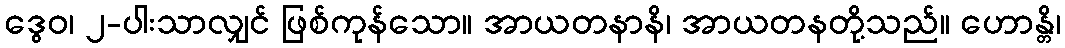
ဒွေဝ၊ ၂-ပါးသာလျှင် ဖြစ်ကုန်သော။ အာယတနာနိ၊ အာယတနတို့သည်။ ဟောန္တိ၊